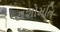
યશોમતિ